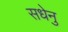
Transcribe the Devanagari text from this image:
सधेनु